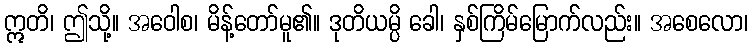
ဣတိ၊ ဤသို့။ အဝေါစ၊ မိန့်တော်မူ၏။ ဒုတိယမ္ပိ ခေါ၊ နှစ်ကြိမ်မြောက်လည်း။ အစေလော၊